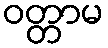
ဝတ္တာမ